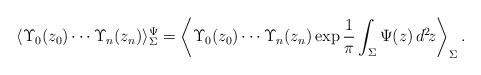
\begin{align*}\langle\Upsilon_0(z_0)\cdots\Upsilon_n(z_n)\rangle_{\Sigma}^{\Psi}=\left\langle\Upsilon_0(z_0)\cdots\Upsilon_n(z_n)\exp\frac{1}{\pi}\int_{\Sigma}\Psi(z)\,d^2\!z\right\rangle_{\Sigma} .\end{align*}